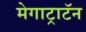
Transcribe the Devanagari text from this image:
मेगाट्राटॅन